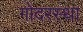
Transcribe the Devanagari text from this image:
गोदरस्था